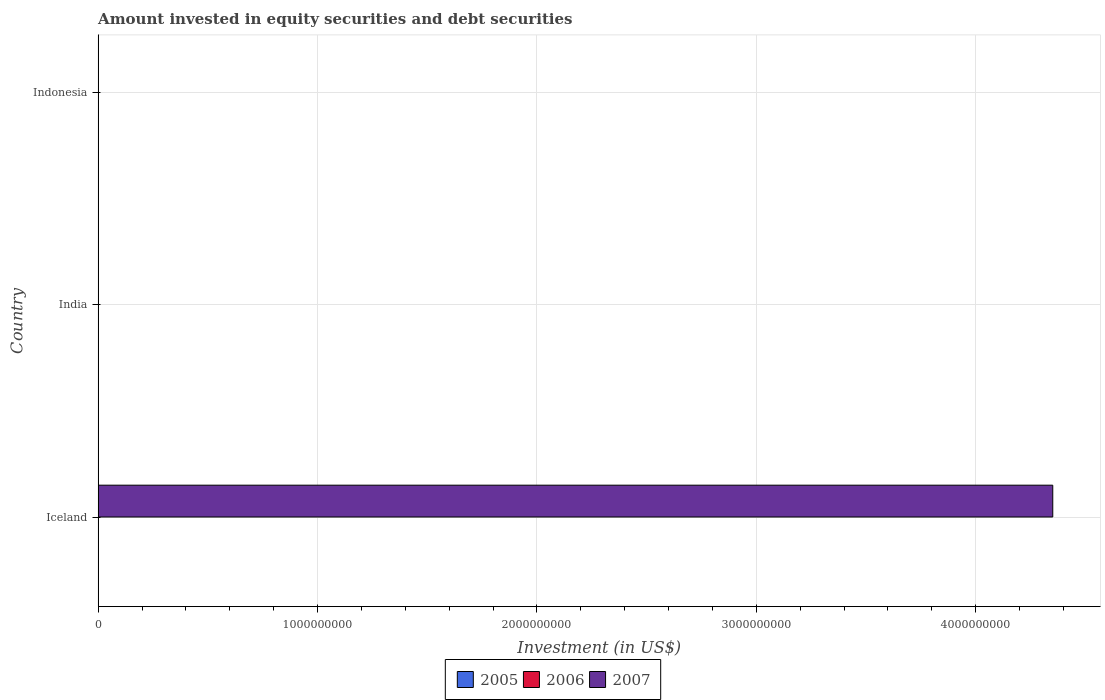
| Country | 2005 | 2006 | 2007 |
 | --- | --- | --- | --- |
 | Iceland | -1.54e+10 | -1.24e+10 | 4.35e+09 |
 | India | -1.21e+10 | -9.55e+09 | -3.3e+10 |
 | Indonesia | -4.19e+09 | -4.28e+09 | -5.57e+09 |